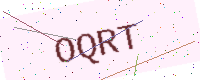
Text: OQRT